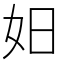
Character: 𪥨